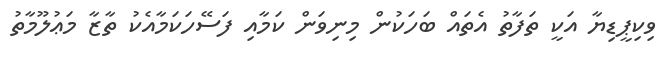
ވިކިޕީޑިޔާ އަކީ ތަފާތު އެތައް ބަހަކުން މިނިވަން ކަމާއި ފަސޭހަކަމާއެކު ތާޒާ މަޢުލޫމާތު